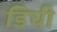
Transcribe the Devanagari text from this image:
डिघी